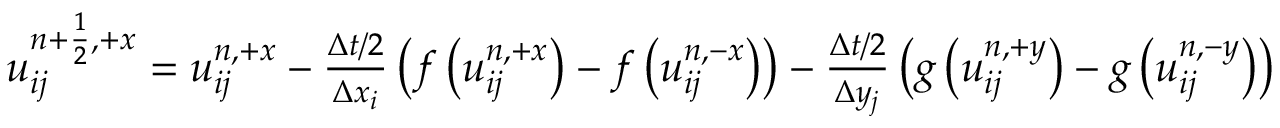
\begin{array} { r } { u _ { i j } ^ { { n + \frac { 1 } { 2 } } , + x } = u _ { i j } ^ { n , + x } - \frac { \Delta t / 2 } { \Delta x _ { i } } \left( f \left( u _ { i j } ^ { n , + x } \right) - f \left( u _ { i j } ^ { n , - x } \right) \right) - \frac { \Delta t / 2 } { \Delta y _ { j } } \left( g \left( u _ { i j } ^ { n , + y } \right) - g \left( u _ { i j } ^ { n , - y } \right) \right) } \end{array}